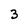
Character: 3